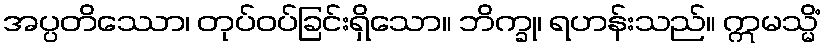
အပ္ပတိဿော၊ တုပ်ဝပ်ခြင်းရှိသော။ ဘိက္ခု၊ ရဟန်းသည်။ ဣမသ္မိံ